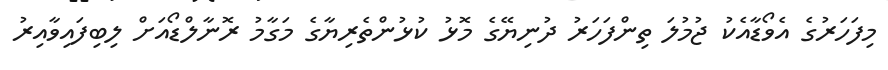
މިފަހަރުގެ އެވޯޑާއެކު ޖުމުލަ ތިންފަހަރު ދުނިޔޭގެ މޮޅު ކުޅުންތެރިޔާގެ މަގާމު ރޮނާލްޑޯއަށް ލިބިފައިވާއިރު